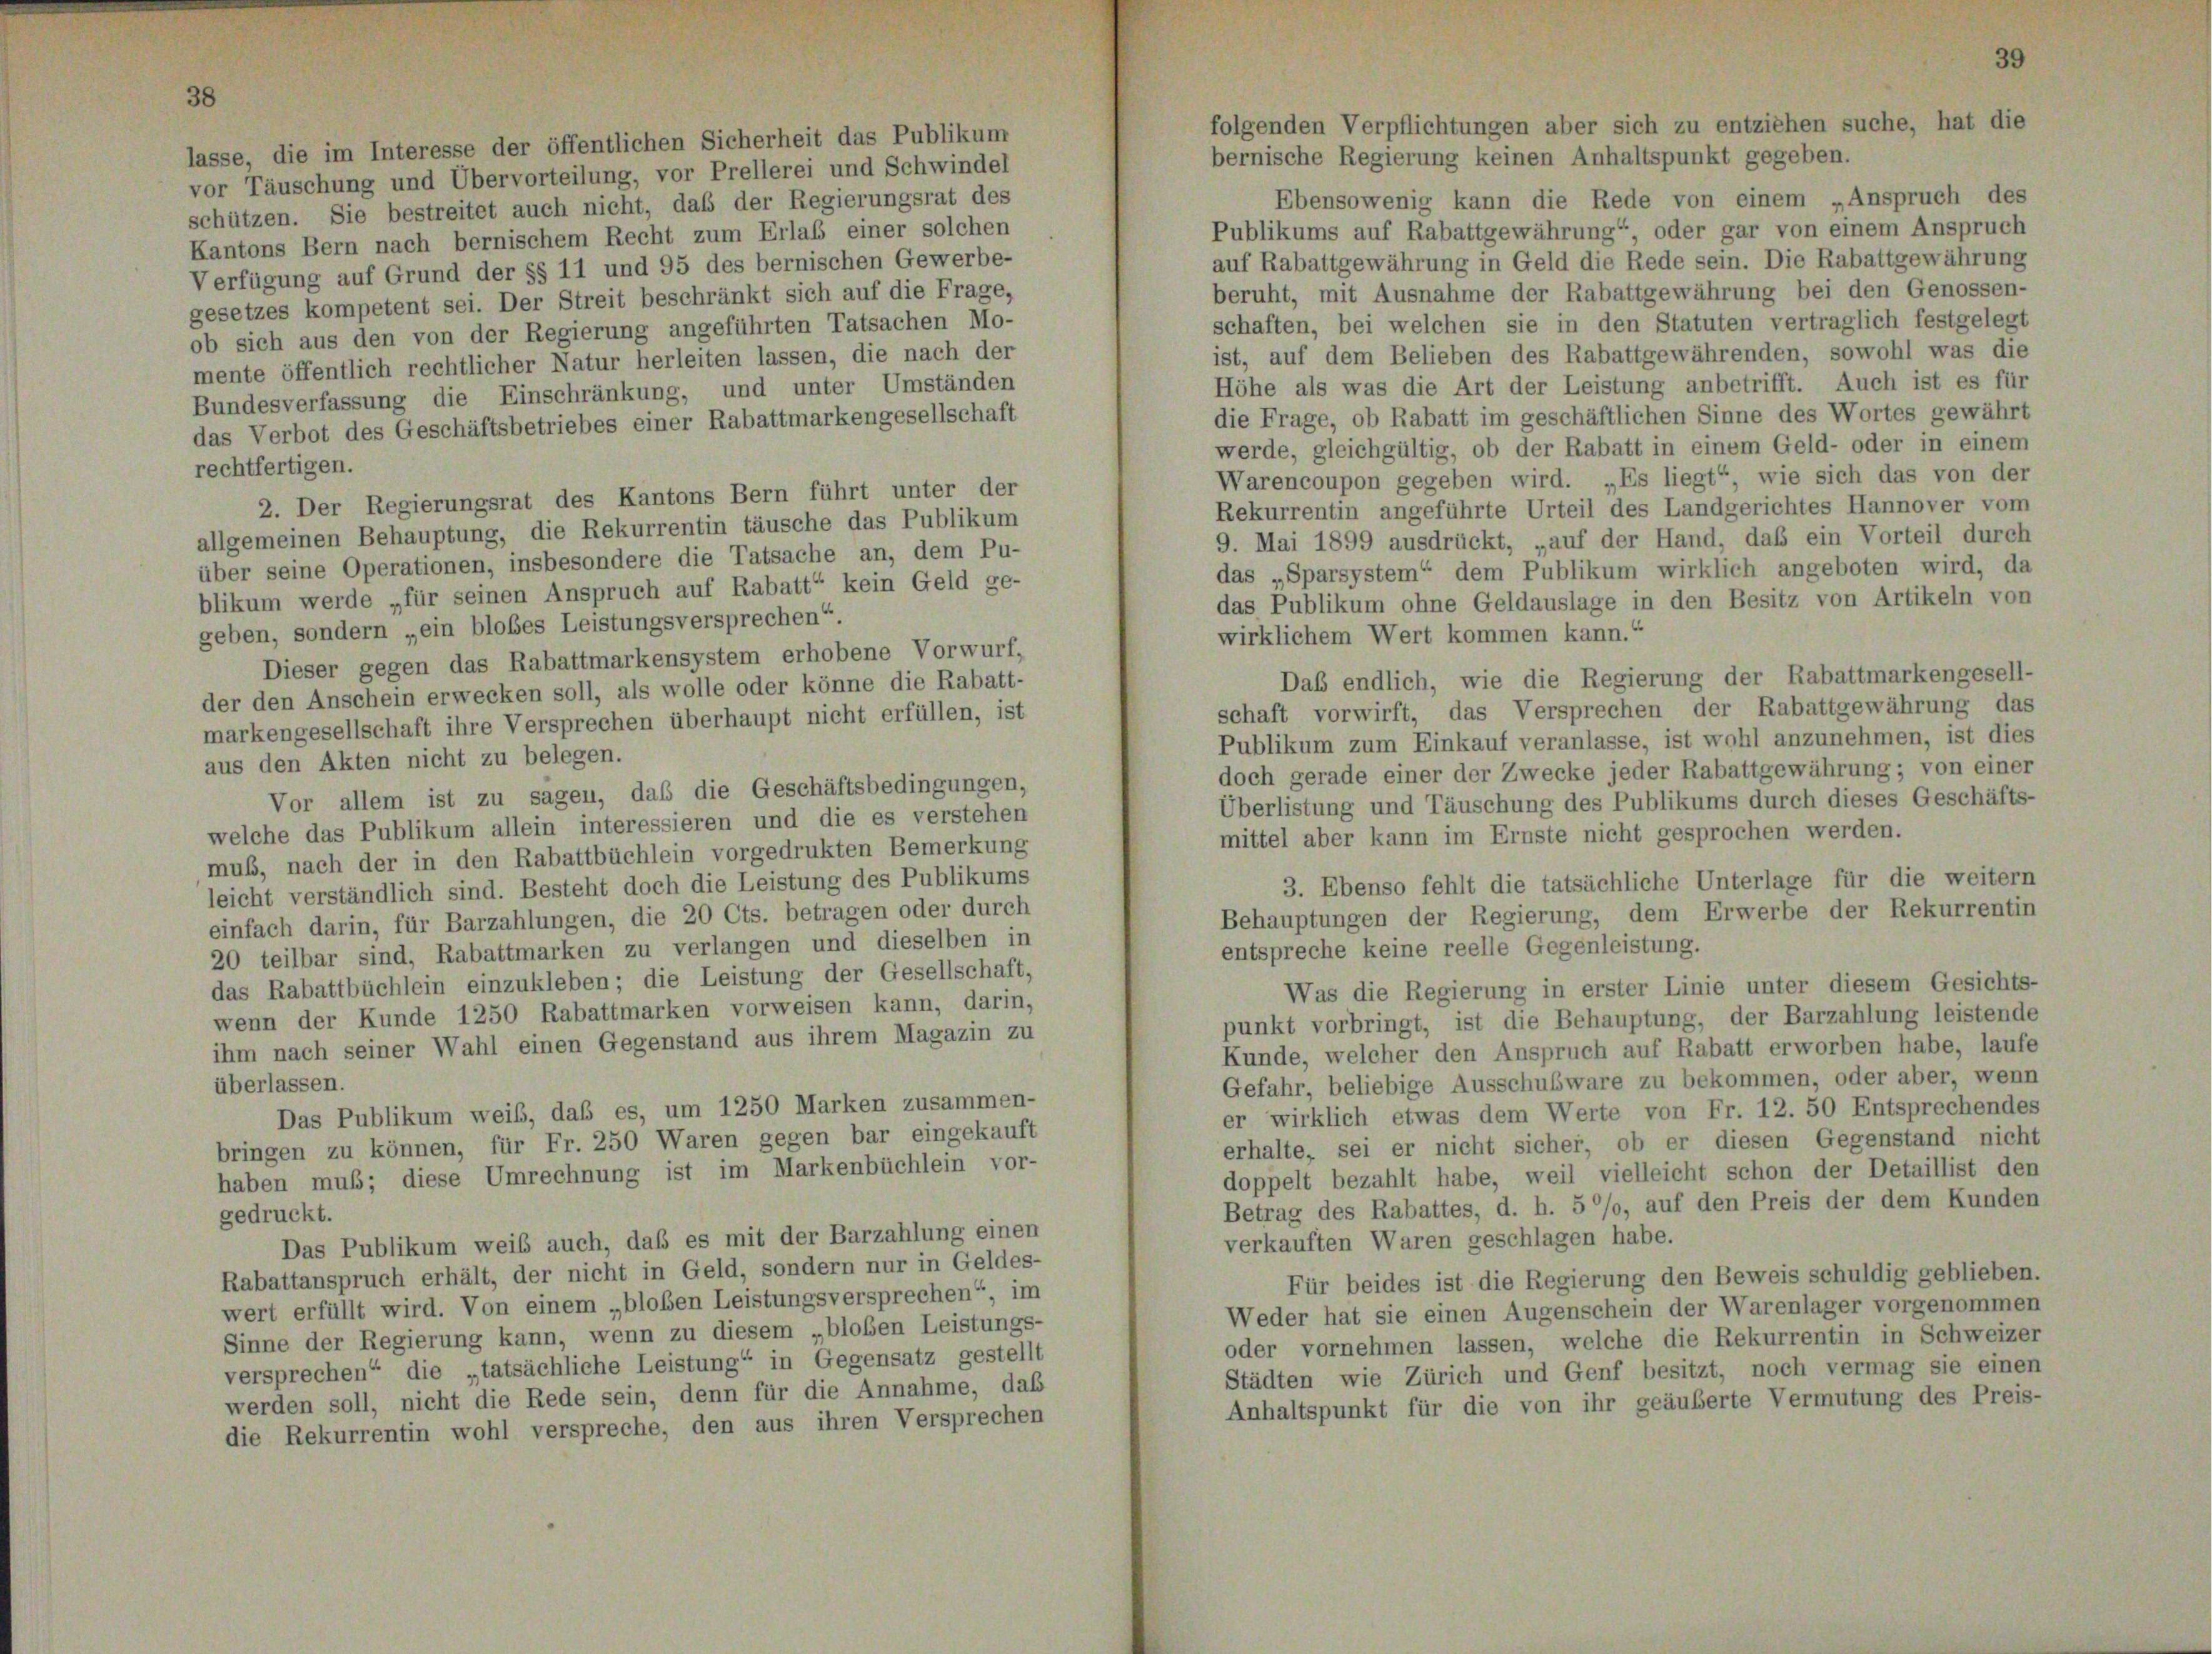
asse, die im Interesse der öffentlichen Sicherheit das Publikum
bernische Regierung keinen Anhaltspunkt gegeben.
vor Täuschung und Übervorteilung, vor Prellerei und Schwindel
Ebensowenig kann die Rede von einem „Anspruch des
schützen. Sie bestreitet auch nicht, daß der Regierungsrat des
Publikums auf Rabattgewährung“ oder gar von einem Anspruch
Kantons Bern nach bernischem Recht zum Erlaß einer solchen
auf Rabattgewährung in Geld die Rede sein. Die Rabattgewährung
Verfügung auf Grund der §§ 11 und 95 des bernischen Gewerbe-
beruht, mit Ausnahme der Rabattgewährung bei den Genossen-
gesetzes kompetent sei. Der Streit beschränkt sich auf die Frage,
schaften, bei welchen sie in den Statuten vertraglich festgelegt
ob sich aus den von der Regierung angeführten Tatsachen Mo-
ist, auf dem Belieben des Rabattgewährenden, sowohl was die
mente öffentlich rechtlicher Natur herleiten lassen, die nach der
Höhe als was die Art der Leistung anbetrifft. Auch ist es für
Bundesverfassung die Einschränkung, und unter Umständen
die Frage, ob Rabatt im geschäftlichen Sinne des Wortes gewährt
das Verbot des Geschäftsbetriebes einer Rabattmarkengesellschaft
werde, gleichgültig, ob der Rabatt in einem Geld- oder in einem
rechtfertigen.
Warencoupon gegeben wird. „Es liegt“, wie sich das von der
2. Der Regierungsrat des Kantons Bern führt unter der
Rekurrentin angeführte Urteil des Landgerichtes Hannover vom
allgemeinen Behauptung, die Rekurrentin täusche das Publikum
9. Mai 1899 ausdrückt, „auf der Hand, daß ein Vorteil durch
über seine Operationen, insbesondere die Tatsache an, dem Pu-
das „Sparsystem“ dem Publikum wirklich angeboten wird, da
blikum werde „für seinen Anspruch auf Rabatt“ kein Geld ge-
das Publikum ohne Geldauslage in den Besitz von Artikeln von
geben, sondern „ein blobes Leistungsversprechen“.
wirklichem Wert kommen kann.“
Dieser gegen das Rabattmarkensystem erhobene Vorwurf,
Das endlich, wie die Regierung der Rabattmarkengesell-
der den Anschein erwecken soll, als wolle oder könne die Rabatt-
schaft vorwirft, das Versprechen der Rabattgewährung das
markengesellschaft ihre Versprechen überhaupt nicht erfüllen, ist
Publikum zum Einkauf veranlasse, ist wohl anzunehmen, ist dies
aus den Akten nicht zu belegen.
doch gerade einer der Zwecke jeder Rabattgewährung; von einer
Vor allem ist zu sagen, daß die Geschäftsbedingungen,
Überlistung und Täuschung des Publikums durch dieses Geschäfts-
welche das Publikum allein interessieren und die es verstehen
mittel aber kann im Ernste nicht gesprochen werden.
muß, nach der in den Rabattbüchlein vorgedrukten Bemerkung
3. Ebenso fehlt die tatsächliche Unterlage für die weitern
leicht verständlich sind. Besteht doch die Leistung des Publikums
Behauptungen der Regierung, dem Erwerbe der Rekurrentin
einfach darin, für Barzahlungen, die 20 Cts. betragen oder durch
entspreche keine reelle Gegenleistung.
20 teilbar sind, Rabattmarken zu verlangen und dieselben in
das Rabattbüchlein einzukleben; die Leistung der Gesellschaft,
Was die Regierung in erster Linie unter diesem Gesichts-
wenn der Kunde 1250 Rabattmarken vorweisen kann, darin,
punkt vorbringt, ist die Behauptung, der Barzahlung leistende
ihm nach seiner Wahl einen Gegenstand aus ihrem Magazin zu
Kunde, welcher den Anspruch auf Rabatt erworben habe, laufe
Gefahr, beliebige Ausschubware zu bekommen, oder aber, wenn
überlassen.
Das Publikum weib, daß es, um 1250 Marken zusammen-
er wirklich etwas dem Werte von Fr. 12. 50 Entsprechendes
bringen zu können, für Fr. 250 Waren gegen bar eingekauft
erhalte, sei er nicht sicher, ob er diesen Gegenstand nicht
haben muß; diese Umrechnung ist im Markenbüchlein vor-
doppelt bezahlt habe, weil vielleicht schon der Detaillist den
Betrag des Rabattes, d. h. 5 °/o, auf den Preis der dem Kunden
gedruckt.
verkauften Waren geschlagen habe.
Das Publikum weib auch, daß es mit der Barzahlung einen
Rabattanspruch erhält, der nicht in Geld, sondern nur in Geldes-
Für beides ist die Regierung den Beweis schuldig geblieben.
wert erfüllt wird. Von einem „bloben Leistungsversprechen“ im
Weder hat sie einen Augenschein der Warenlager vorgenommen
Sinne der Regierung kann, wenn zu diesem „bloben Leistungs-
oder vornehmen lassen, welche die Rekurrentin in Schweizer
versprechen“ die „tatsächliche Leistung“ in Gegensatz gestellt
Städten wie Zürich und Genf besitzt, noch vermag sie einen
werden soll, nicht die Rede sein, denn für die Annahme, daß
Anhaltspunkt für die von ihr geäuberte Vermutung des Preis-
die Rekurrentin wohl verspreche, den aus ihren Versprechen

folgenden Verpflichtungen aber sich zu entziehen suche, hat die